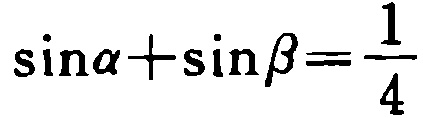
\(\sin\alpha+\sin\beta=\frac{1}{4}\)